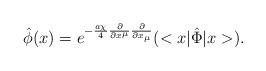
LaTeX: \begin{align*}\hat{\phi}(x)=e^{-\frac{a{\chi}}{4}{\frac{\partial}{{\partial}x^{\mu}}}{\frac{\partial}{{\partial}x_{\mu}}}}(<x|{\hat{\Phi}}|x>).\end{align*}